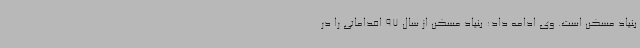
بنیاد مسکن است. وی ادامه داد: بنیاد مسکن از سال 97 اقداماتی را در